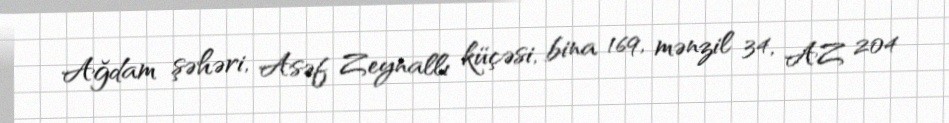
Ağdam şəhəri, Asəf Zeynallı küçəsi, bina 169, mənzil 34, AZ 204